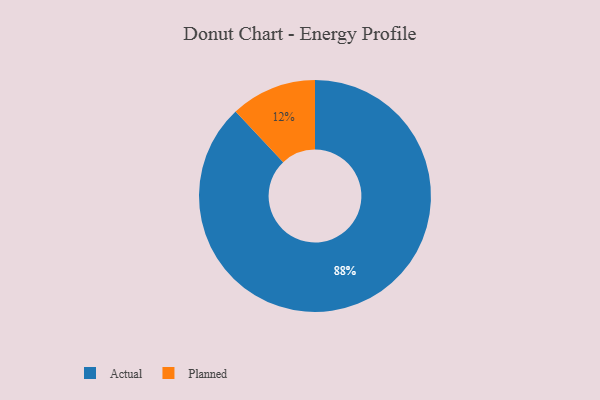
{"axis": {"x": "Category", "y": "Percentage"}, "legend": ["Actual", "Planned"], "data": [{"x": "Actual", "y": 88, "type": "Actual"}, {"x": "Planned", "y": 12, "type": "Planned"}]}